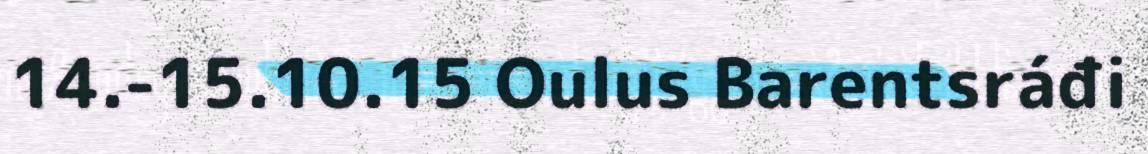
14.-15.10.15 Oulus Barentsráđi